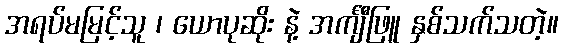
အရပ်မမြင့်သူ ၊ ယောပုဆိုး နဲ့ အင်္ကျီဖြူ နှစ်သက်သတဲ့။